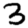
Digit: 3